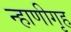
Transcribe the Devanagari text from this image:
न्हाणीगृह